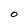
Character: O